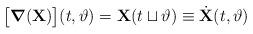
LaTeX: \begin{align*}\big[\boldsymbol{\nabla}(\mathbf{X})\big](t,\vartheta)= \mathbf{X}(t\sqcup\vartheta)\equiv\dot{\mathbf{X}}(t,\vartheta)\end{align*}